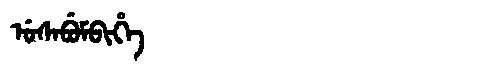
Manchu: ᡠᠰᠠᠪᡠᠮᠪᡳᡥᡝ
Romanization: USABUMBIHE